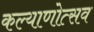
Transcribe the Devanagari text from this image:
कल्याणोत्सव